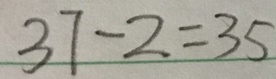
3 7 - 2 = 3 5